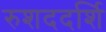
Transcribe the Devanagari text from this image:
रुशददर्शि